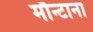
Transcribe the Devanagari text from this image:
मौन्टाना